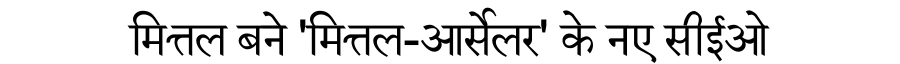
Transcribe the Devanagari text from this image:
मित्तल बने 'मित्तल-आर्सेलर' के नए सीईओ